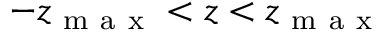
- z _ { \mathrm { ~ m ~ a ~ x ~ } } < z < z _ { \mathrm { ~ m ~ a ~ x ~ } }